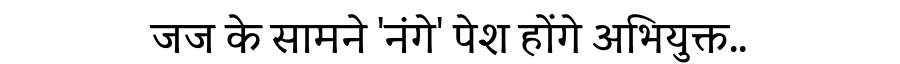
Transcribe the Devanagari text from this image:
जज के सामने 'नंगे' पेश होंगे अभियुक्त..